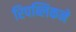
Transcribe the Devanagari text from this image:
रिपब्लिकने